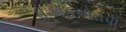
ડીએફએલપી